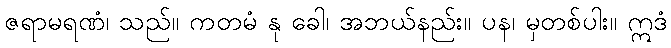
ဇရာမရဏံ၊ သည်။ ကတမံ နု ခေါ၊ အဘယ်နည်း။ ပန၊ မှတစ်ပါး။ ဣဒံ